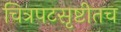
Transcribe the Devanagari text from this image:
चित्रपटसृष्टीतच